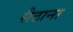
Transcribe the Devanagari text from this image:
सैठाना